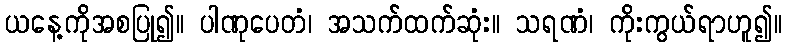
ယနေ့ကိုအစပြု၍။ ပါဏုပေတံ၊ အသက်ထက်ဆုံး။ သရဏံ၊ ကိုးကွယ်ရာဟူ၍။